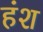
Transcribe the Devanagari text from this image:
हंश